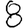
Digit: 8